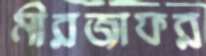
মীরজাফর